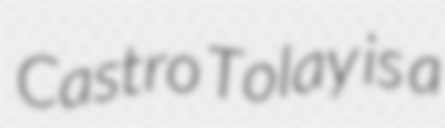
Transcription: Castro Tolay is a